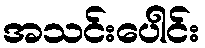
အသင်းပေါင်း